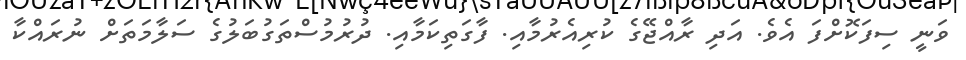
ވަނީ ސިފަކޮށްފަ އެވެ. އަދި ރާއްޖޭގެ ކުރިއެރުމާއި. ފާގަތިކަމާއި. ދުރުމުސްތަގުބަލުގެ ސަލާމަތަށް ނުރައްކާ